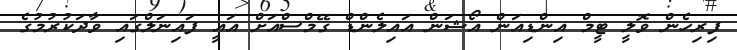
ފިރިހެން ވޮލީ ޓީމް އިންޑިއަން އޯޝަން އައިލެންޑް ގޭމްސްއަށް އައީ ފައިނަލްގައި ވާދަކުރުމުގެ